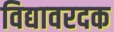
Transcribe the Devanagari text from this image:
विद्यावरदक